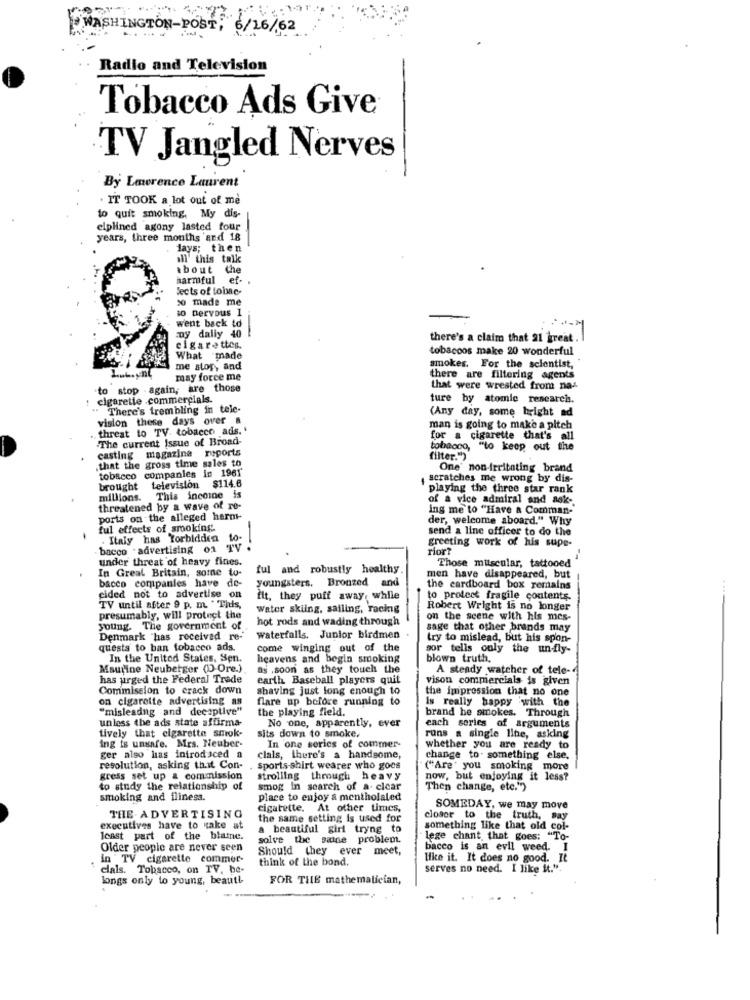
WASHINGTON-POST; 6/16/62
Radio and Television
Tobacco Ads Give
TV Jangled Nerves
By Lawrence Laurent
. IT TOOK a lot out of me
to quit smoking, My dis-
ciplined agony lasted four
years, three months and 18
days; then
all' this talk
about
the
harmful ef-
. .
Jects of tobac-
% made me
so Dervous I
went back to
ny dally 40
there's a claim that 21 great.
cigarettes.
tobaccos make 20 wonderful
What made
me stor, and
amokes. For the scientist,
Lukunt
may force me
there are filtering agents
to stop - again, are those
that were wrested from nas
cigarette .commercials.
ture by atomic research.
There's trembling in tele-
(Any day, some bright ad
vision these days over &
threat to TV. tobacco ads.'
man is going to make a pitch
.The current Issue of Broad-
for a cigarette that's all
casting magazine reports
tobacco, "to keep out the
that the gross time sales to
filter.")
tobacco companies in 1961
One' non-irritating brand
scratches me wrong by dis-
brought
television $114.6
playing the three star rank
millions.
This incoine is
of a vice admiral and ask-
threatened by a wave of re-
ing me to "Have a Comman-
ports on the alleged harm-
der, welcome aboard." Why
ful effects of smoking.
send a line officer to do the
Italy has Forbidden to-
greeting work of his supe-
bacco - advertising on TV .
rior?
under threat of heavy fines.
Those milscular, tattooed
In Great Britain, some to-
ful and robustly healthy.
bacco companies have de-
youngsters. Bronzed and
men have disappeared, but
the cardboard box remains
cided not to advertise on
fit, they puff away, while
to protect fragile contents
TV until after 9 p. m. This,
Water skiing, sailing, racing
Robert Wright is no longer
presumably, will protect the
hot rods and wading through
on the scene with his mes-
young. The government of
sage that other brands may
Denmark "has received re-
waterfalls. Junior birdmen
try to mislead, but his spon-
questa to ban tobacco ads.
come winging out of the
sor telis only the un-fly-
In the United States. Sen.
heavens and begin smoking
blown truth.
Maurine Neuberger (DD-Ore.)
as .soon as they touch the
A steady watcher of tele-
has urged the Federal Trade
earth Baseball players quit
vison commercials is given
Commission to crack down
shaving just long enough to
the impression that no one
on cigarette advertising as
flare up before running to
is really happy with the
"misleading and deceptive"
the playing field.
unless the ads state affirma
No one, apparently, ever
brand he smokes. Through
tively that cigarette smok-
each series of arguments
sits down to smoke,
runs a single line, asking
ing is unsafe. Mrs. Neuber-
In one series of commer-
whether you are ready to
ger also has introduced a
clals, there's a handsome,
change to. something else.
resolution, asking thit Con- . sports-shirt wearer who goes
("Are" you smoking more
gress set up a commission
strolling through heavy
now, but enjoying it less?
to study the relationship of
smog In search of a- cicar
Then change, etc.")
smoking and iliness.
place to enjoy a mentholaled
cigarette. At other times,
SOMEDAY, we may move
THE ADVERTISING
the same setting is used for
closer to the truth, say
executives have to make at
a beautiful girl tryng to
something like that old col-
least part of the blaine.
solve the saine problem.
lege chant, that goes: "To-
Older people are never seen
Should they ever meet,
bacco is an evil weed. I
in " TV cigarette commer-
think of the bond.
like it. It does no good. It
clals. Tobacco, on TV, be-
serves no need. I like it.".
longs only to young, beautl
FOR THE mathematician,